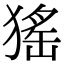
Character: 猺